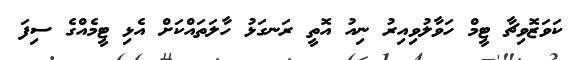
ކަވަޒޮވިޗާ ޓީމް ހަވާލުވިއިރު ނިއު އޮތީ ރަނގަޅު ހާލަތައްކަށް އެޅި ޓީމެއްގެ ސިފަ